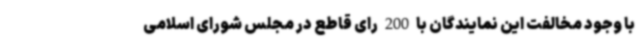
با وجود مخالفت این نمایندگان با 200 رای قاطع در مجلس شورای اسلامی